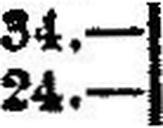
24.—